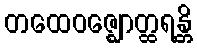
တထေဝဇ္ဈောတ္ထရန္တိ